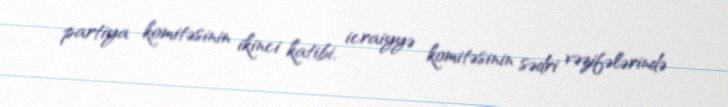
partiya komitəsinin ikinci katibi, icraiyyə komitəsinin sədri vəzifələrində